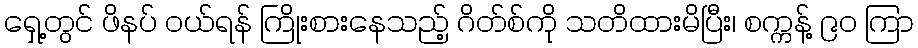
ရှေ့တွင် ဖိနပ် ဝယ်ရန် ကြိုးစားနေသည့် ဂိတ်စ်ကို သတိထားမိပြီး၊ စက္ကန့် ၉၀ ကြာ